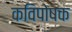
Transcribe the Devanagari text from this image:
कविपोषक